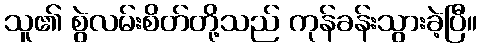
သူ၏ စွဲလမ်းစိတ်တို့သည် ကုန်ခန်းသွားခဲ့ပြီ။